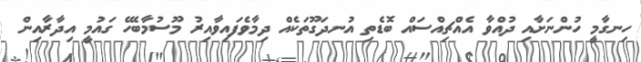
ހިނގާމީ ހުންނަށާއި ދުއްވާ އެއްޗިއްސައް ބޮޑެތި އުނދަގޫތަކެއް ދިމާވެފައިވާއިރު މޫސުމާބެހޭ ގައުމީ އިދާރާއިން